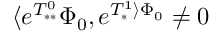
\langle e ^ { T _ { * * } ^ { 0 } } \Phi _ { 0 } , e ^ { T _ { * } ^ { 1 } \rangle \Phi _ { 0 } } \neq 0